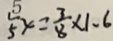
\frac { 1 } { 5 } x = \frac { 3 } { 8 } \times 1 . 6